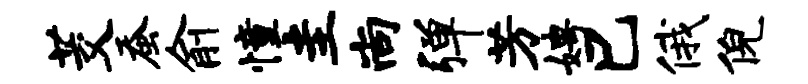
茭蚕俞憧圭尚弹芳娉巳俄倪